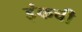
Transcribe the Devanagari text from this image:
इंकची